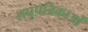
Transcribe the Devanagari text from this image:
लघुपत्रिकाओं